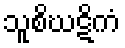
သူစိဃဋိကံ